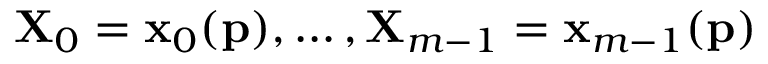
\mathbf { X } _ { 0 } = \mathbf { x } _ { 0 } ( \mathbf { p } ) , \ldots , \mathbf { X } _ { m - 1 } = \mathbf { x } _ { m - 1 } ( \mathbf { p } )